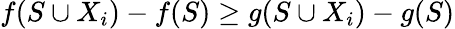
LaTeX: f(S\cup X_{i})-f(S)\geq g(S\cup X_{i})-g(S)